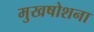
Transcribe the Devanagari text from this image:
मुखषोशना